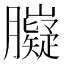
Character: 𦢾